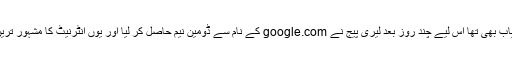
خوش قسمتی سے یہ ڈومین نیم دستیاب بھی تھا اس لیے چند روز بعد لیری پیج نے google.com کے نام سے ڈومین نیم حاصل کر لیا اور یوں انٹرنیٹ کا مشہور ترین سرچ انجن ’’گوگل‘‘ وجود میں آیا۔